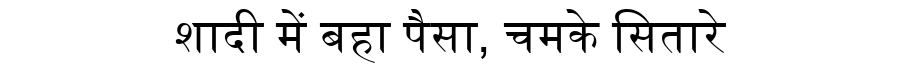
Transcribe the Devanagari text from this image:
शादी में बहा पैसा, चमके सितारे